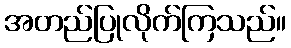
အတည်ပြုလိုက်ကြသည်။